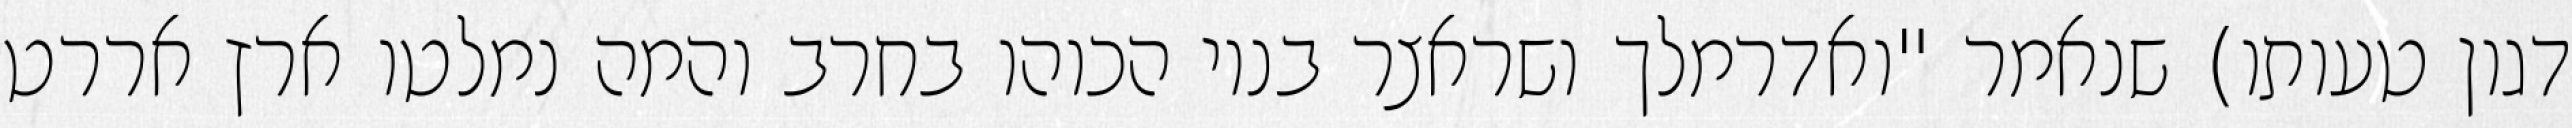
דגון טעותו) שנאמר "ואדרמלך ושראצר בניו הכוהו בחרב והמה נמלטו ארץ אררט